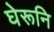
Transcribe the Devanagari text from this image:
घेरूनि